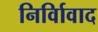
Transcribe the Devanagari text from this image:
निर्विावाद